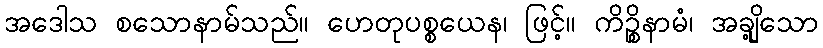
အဒေါသ စသောနာမ်သည်။ ဟေတုပစ္စယေန၊ ဖြင့်။ ကိဉ္စိနာမံ၊ အချို့သော